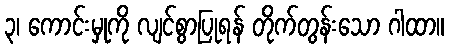
၃၊ ကောင်းမှုကို လျင်စွာပြုရန် တိုက်တွန်းသော ဂါထာ။